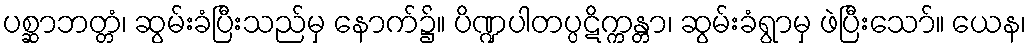
ပစ္ဆာဘတ္တံ၊ ဆွမ်းခံပြီးသည်မှ နောက်၌။ ပိဏ္ဍပါတပ္ပဋိက္ကန္တာ၊ ဆွမ်းခံရွာမှ ဖဲပြီးသော်။ ယေန၊